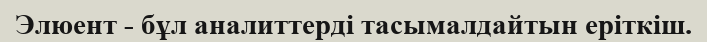
Элюент - бұл аналиттерді тасымалдайтын еріткіш.